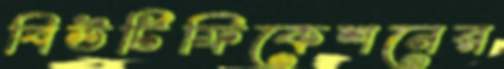
বিউটিফিকেশনের